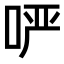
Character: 𫪂